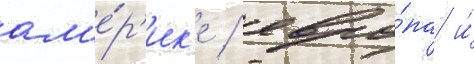
ам'е́р'ик'е / евро́па и́